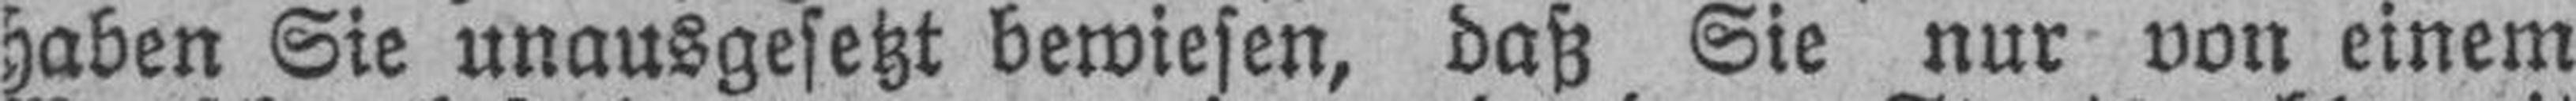
haben Sie unausgesetzt bewiesen, daß Sie nur von einem